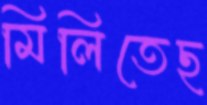
মিলিতেছ